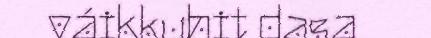
váikkuhit dasa